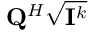
{ \bf { Q } } ^ { H } \sqrt { { \bf { I } } ^ { k } }